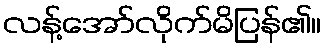
လန့်အော်လိုက်မိပြန်၏။